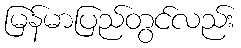
မြန်မာပြည်တွင်လည်း